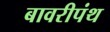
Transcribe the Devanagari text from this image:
बावरीपंथ